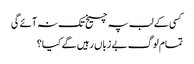
کسی کے لب پہ چیخ تک نہ آئے گی
تمام لوگ بے زباں رہیں گے کیا؟